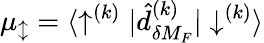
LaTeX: {\mu_{\updownarrow}={\langle\uparrow^{(k)}|\hat{d}_{\delta M_{F}}^{(k)}|\downarrow^{(k)}\rangle}}